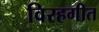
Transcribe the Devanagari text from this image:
विरहगीत